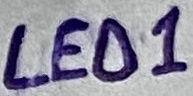
Text: LED1